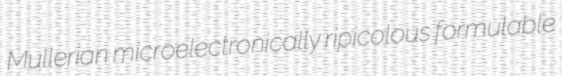
Mullerian microelectronically ripicolous formulable